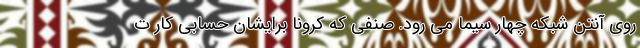
روی آنتن شبکه چهار سیما می رود. صنفی که کرونا برایشان حسابی کار ت